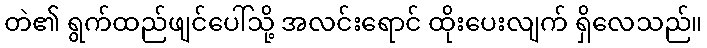
တဲ၏ ရွက်ထည်ဖျင်ပေါ်သို့ အလင်းရောင် ထိုးပေးလျက် ရှိလေသည်။